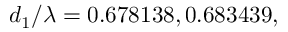
d _ { 1 } / \lambda = 0 . 6 7 8 1 3 8 , 0 . 6 8 3 4 3 9 ,